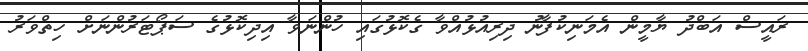
ރައީސް އަބްދު ޔާމީން އެމަނިކުފާނު ދިރިއުޅުއްވާ ގެކޮޅުގައި ހުންނަވާ އިދިކޮޅުގެ ސަޕޯޓަރުންނަށް ހިތްވަރު